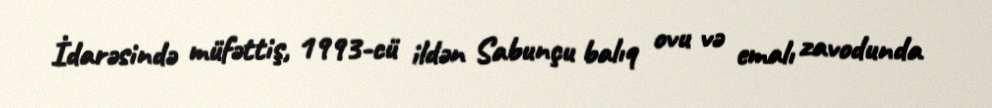
İdarəsində müfəttiş, 1993-cü ildən Sabunçu balıq ovu və emalı zavodunda